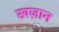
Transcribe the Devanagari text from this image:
खज़ान